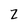
Character: 2